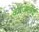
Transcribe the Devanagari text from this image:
कांजलेई